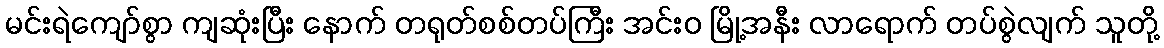
မင်းရဲကျော်စွာ ကျဆုံးပြီး နောက် တရုတ်စစ်တပ်ကြီး အင်းဝ မြို့အနီး လာရောက် တပ်စွဲလျက် သူတို့